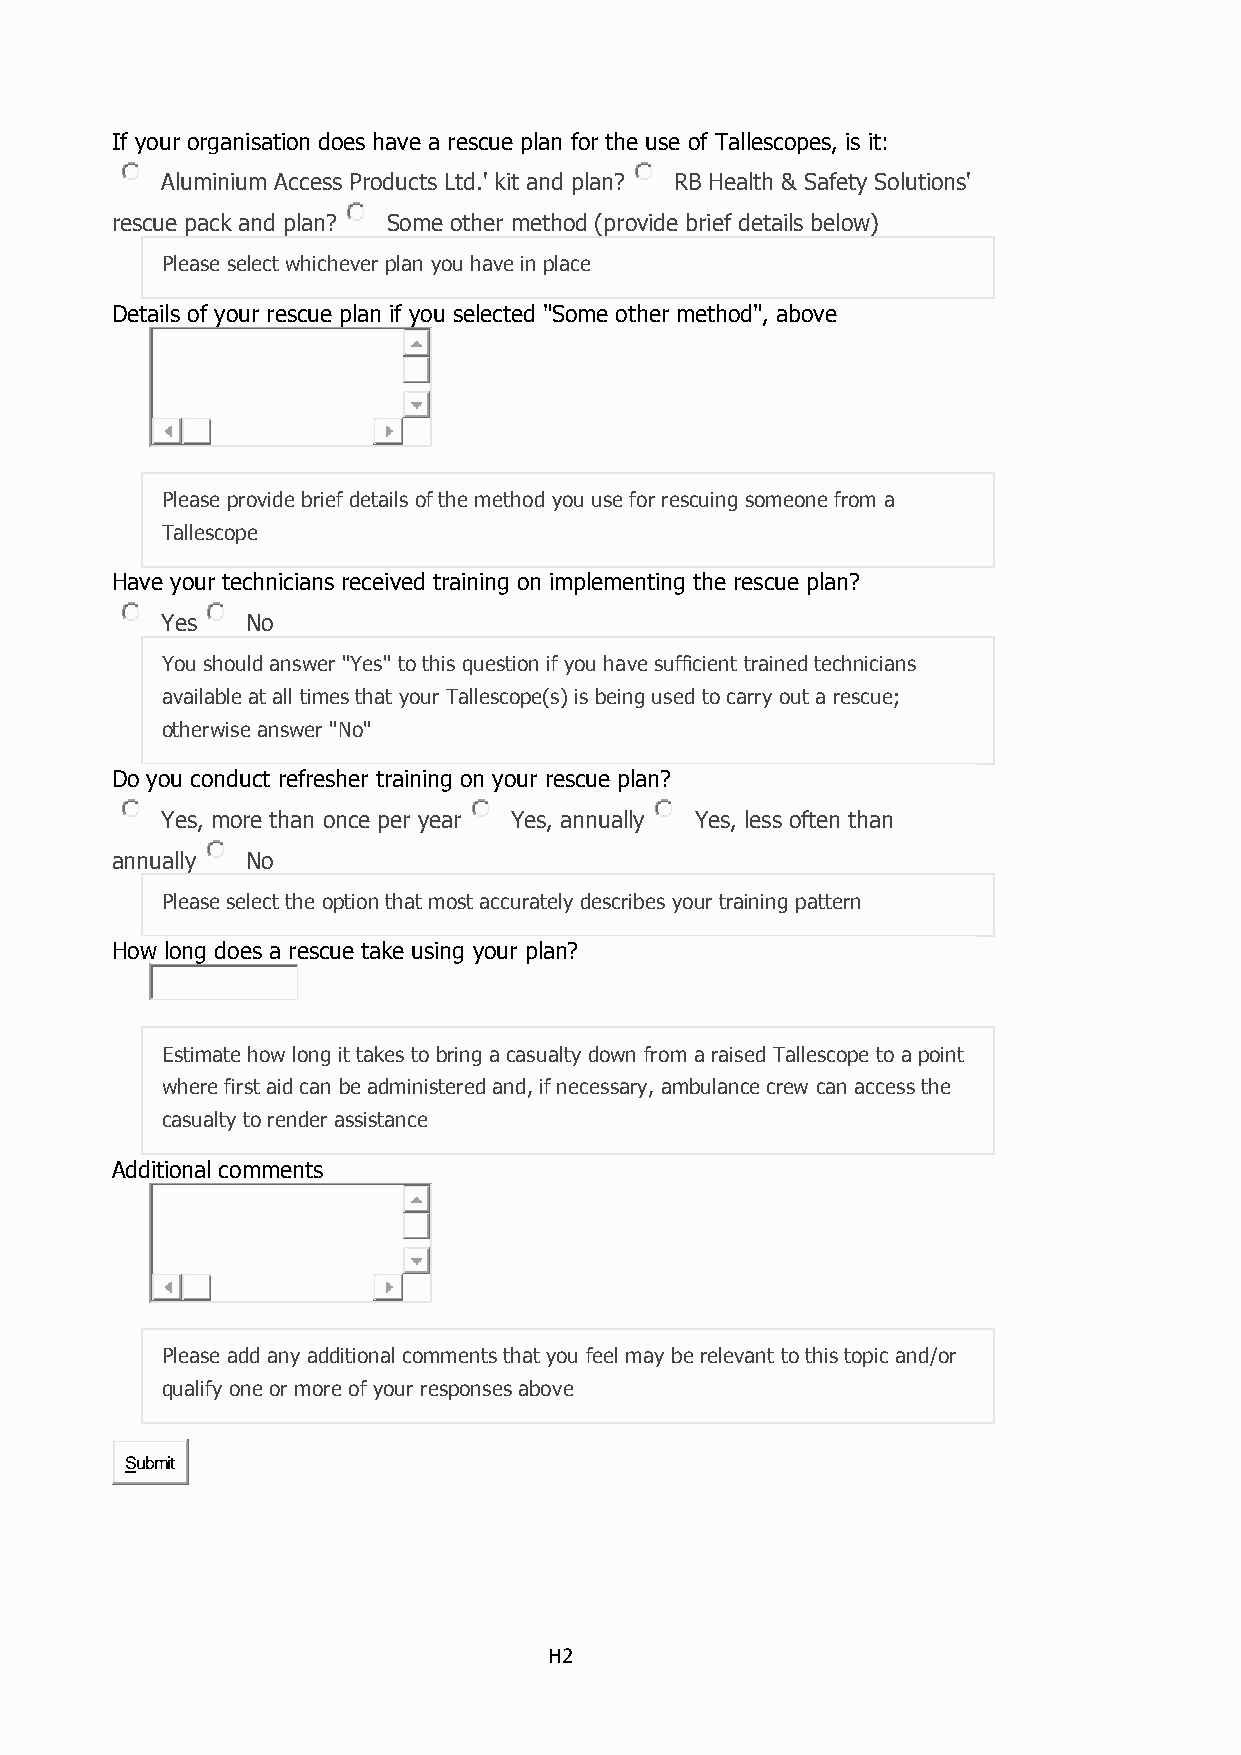
If your organisation does have a rescue plan for the use of Tallescopes, is it:
 Aluminium Access Products Ltd.' kit and plan? RB Health & Safety Solutions'
 rescue pack and plan? Some other method (provide brief details below)
 Please select whichever plan you have in place
 Details of your rescue plan if you selected "Some other method", above
 Please provide brief details of the method you use for rescuing someone from a
 Tallescope
 Have your technicians received training on implementing the rescue plan?
 Yes  No
 You should answer "Yes" to this question if you have sufficient trained technicians
 available at all times that your Tallescope(s) is being used to carry out a rescue;
 otherwise answer "No"
 Do you conduct refresher training on your rescue plan?
 Yes, more than once per year Yes, annually Yes, less often than
 annually No
 Please select the option that most accurately describes your training pattern
 How long does a rescue take using your plan?
 Estimate how long it takes to bring a casualty down from a raised Tallescope to a point
 where first aid can be administered and, if necessary, ambulance crew can access the
 casualty to render assistance
 Additional comments
 Please add any additional comments that you feel may be relevant to this topic and/or
 qualify one or more of your responses above
 Submit
 H2